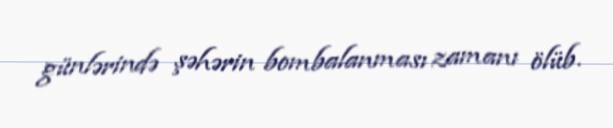
günlərində şəhərin bombalanması zamanı ölüb.